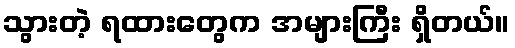
သွားတဲ့ ရထားတွေက အများကြီး ရှိတယ်။